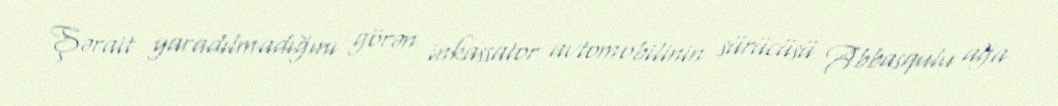
Şərait yaradılmadığını görən inkassator avtomobilinin sürücüsü Abbasqulu ağa